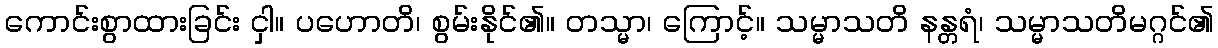
ကောင်းစွာထားခြင်း ငှါ။ ပဟောတိ၊ စွမ်းနိုင်၏။ တသ္မာ၊ ကြောင့်။ သမ္မာသတိ နန္တရံ၊ သမ္မာသတိမဂ္ဂင်၏